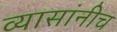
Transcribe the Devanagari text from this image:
व्यासांनीच